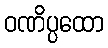
ဝဏိပ္ပထော